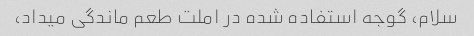
سلام، گوجه استفاده شده در املت طعم ماندگی میداد،